Indian journal of veterinary science and animal husbandry - Volumes 22-23, 1952-1953
Year: 1952
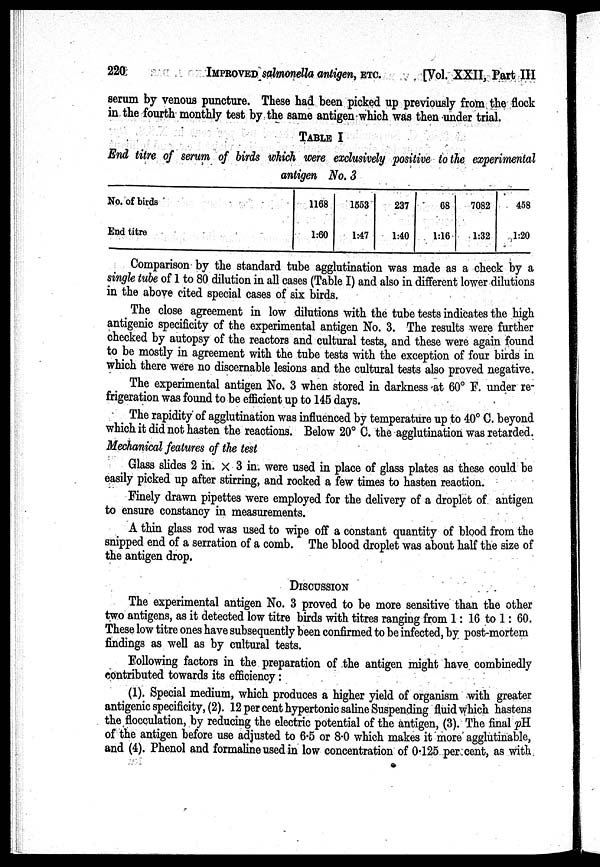
220:
IMPROVED
salmonella antigen, ETC. [Vol. XXII, Part III
serum by venous puncture. These had been picked up previously from the flock
in the fourth monthly test by the same antigen which was then under trial.
TABLE I
End titre of serum of birds which were exclusively positive to the experimental
antigen No. 3
No. of birds
End titre
1168
1:60
1653
1:47
237
1:40
68
1:16
7082
1:32
458
1:20
Comparison by the standard tube agglutination was made as a check by a
single tube of 1 to 80 dilution in all cases (Table I) and also in different lower dilutions
in the above cited special cases of six birds.
The close agreement in low dilutions with the tube tests indicates the high
antigenic specificity of the experimental antigen No. 3. The results were further
checked by autopsy of the reactors and cultural tests, and these were again found
to be mostly in agreement with the tube tests with the exception of four birds in
which there were no discernable lesions and the cultural tests also proved negative.
The experimental antigen No. 3 when stored in darkness at 60° F. under re-
frigeration was found to be efficient up to 145 days.
The rapidity of agglutination was influenced by temperature up to 40° C. beyond
which it did not hasten the reactions. Below 20° C. the agglutination was retarded.
Mechanical features of the test
Glass slides 2 in. x 3 in. were used in place of glass plates as these could be
easily picked up after stirring, and rocked a few times to hasten reaction.
Finely drawn pipettes were employed for the delivery of a droplet of. antigen
to ensure constancy in measurements.
A thin glass rod was used to wipe off a constant quantity of blood from the
snipped end of a serration of a comb. The blood droplet was about half the size of
the antigen drop.
DISCUSSION
The experimental antigen No. 3 proved to be more sensitive than the other
two antigens, as it detected low titre birds with titres ranging from 1: 16 to 1: 60.
These low titre ones have subsequently been confirmed to be infected, by post-mortem
findings as well as by cultural tests.
Following factors in the preparation of the antigen might have combinedly
contributed towards its efficiency:
(1). Special medium, which produces a higher yield of organism with greater
antigenic specificity, (2). 12 per cent hypertonic saline Suspending fluid which hastens
the flocculation, by reducing the electric potential of the antigen, (3). The final pH.
of the antigen before use adjusted to 6.5 or 8.0 which makes it more agglutinable,
and (4). Phenol and formaline used in low concentration of 0.125 per cent, as with.